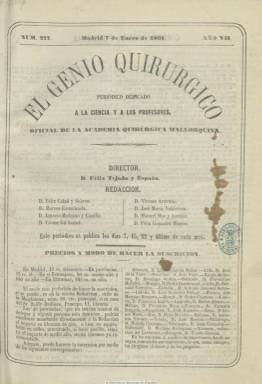
Título: El Genio quirúrgico
Colección: Medicina
Ámbito geográfico: Madrid
Lugar de publicación: Madrid
Fechas: 07/01/1861-22/12/1866

Es continuación de El eco de los cirujanos, el semanario que desde 1855 había fundado y publicado desde Burgos el profesor Félix Tejada y España (-1886), quien al trasladarse a Madrid a finales de 1860, lo seguirá publicando en esta ciudad desde el siete de enero siguiente, modificándole su cabecera, pero manteniendo la secuencia numérica del anterior. Subtitulado “periódico dedicado a la ciencia y a los profesores” y “oficial de la Academia Quirúrgica Mallorquina”, que más adelante le añadirá “y protector de la Morañega”. Se trata pues de una semanario médico, especializado sobre todo en cirugía, pero también lo será de defensa profesional y académica y de la enseñanza médica, enmarcado en el movimiento de regeneración científica española.

Sus contenidos los estructura en secciones. La científica la dedica a artículos de este carácter, sobre el estudio de enfermedades y prácticas quirúrgicas. La oficial, sobre cuestiones legales. La profesional, a la que añade otra de vacantes. Una revista de prensa especializada, que subdivide en nacional y extranjera, manteniendo alguna polémica con alguna otra prensa medica española. Así como las secciones de revista de clínicas, de variedades, de comunicados y de correspondencia particular. Dedica también atención a la creación literaria y a textos filosóficos, llegando a publicar folletines, además de algunos anuncios comerciales.

El elenco de sus colaboradores es muy amplio y en su cuadro de redacción se encuentran Félix Ciudad y Sobrón, Marcos Escorihuela, Ignacio Medrano y Casaña, Cosme Gil Isabel, Vicente Aravaca, José María Valdivieso, Manuel Mas y Asensio, Félix González Blanco o Adrián Guevara. Entre sus redactores-médicos estarán también Robustiano Torres Villanueva, Anselmo Sánchez Robles y José Gastaldo y Fontabella; y entre los redactores-cirujanos, Sebastián González Riaza, Dionisio López Cerezo y Félix García Teresa. Medrano será también su primer editor responsable, que después será sustituido por Manuel Álvarez, que será además el impresor que la estampará durante toda su vida, y que más tarde es también sustituido por Juan Yáñez. Tejada, por su parte, además de propietario, será su director.

Se suscribía en Madrid y provincias, y sus entregas son de 16 páginas, que aparecen los días 7, 15, 22 y último de cada mes. Forma tomos anuales, con paginación continuada, y un índice de materias, al final. El último número de la colección con este título es el 557, correspondiente al 22 de diciembre de 1866. A partir del siete enero siguiente modifica el título a: El genio médico-quirúrgico, también en la colección de la BNE.